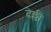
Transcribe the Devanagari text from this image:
देल्ली